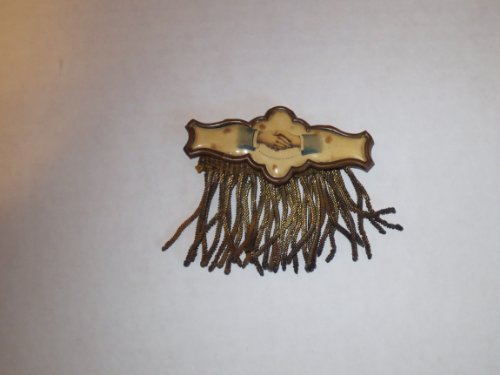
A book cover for ANTIQUE Political Button with Fringe -- Handshake -- Whitehead; Whitehead; Crafts, Hobbies & Home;